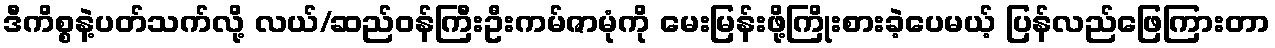
ဒီကိစ္စနဲ့ပတ်သက်လို့ လယ်/ဆည်ဝန်ကြီးဦးကမ်ဇာမုံကို မေးမြန်းဖို့ကြိုးစားခဲ့ပေမယ့် ပြန်လည်ဖြေကြားတာ